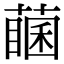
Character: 𦽖